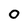
Character: O